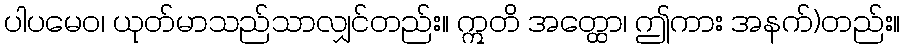
ပါပမေဝ၊ ယုတ်မာသည်သာလျှင်တည်း။ ဣတိ အတ္ထော၊ ဤကား အနက်)တည်း။